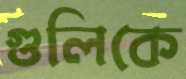
গুলিকে